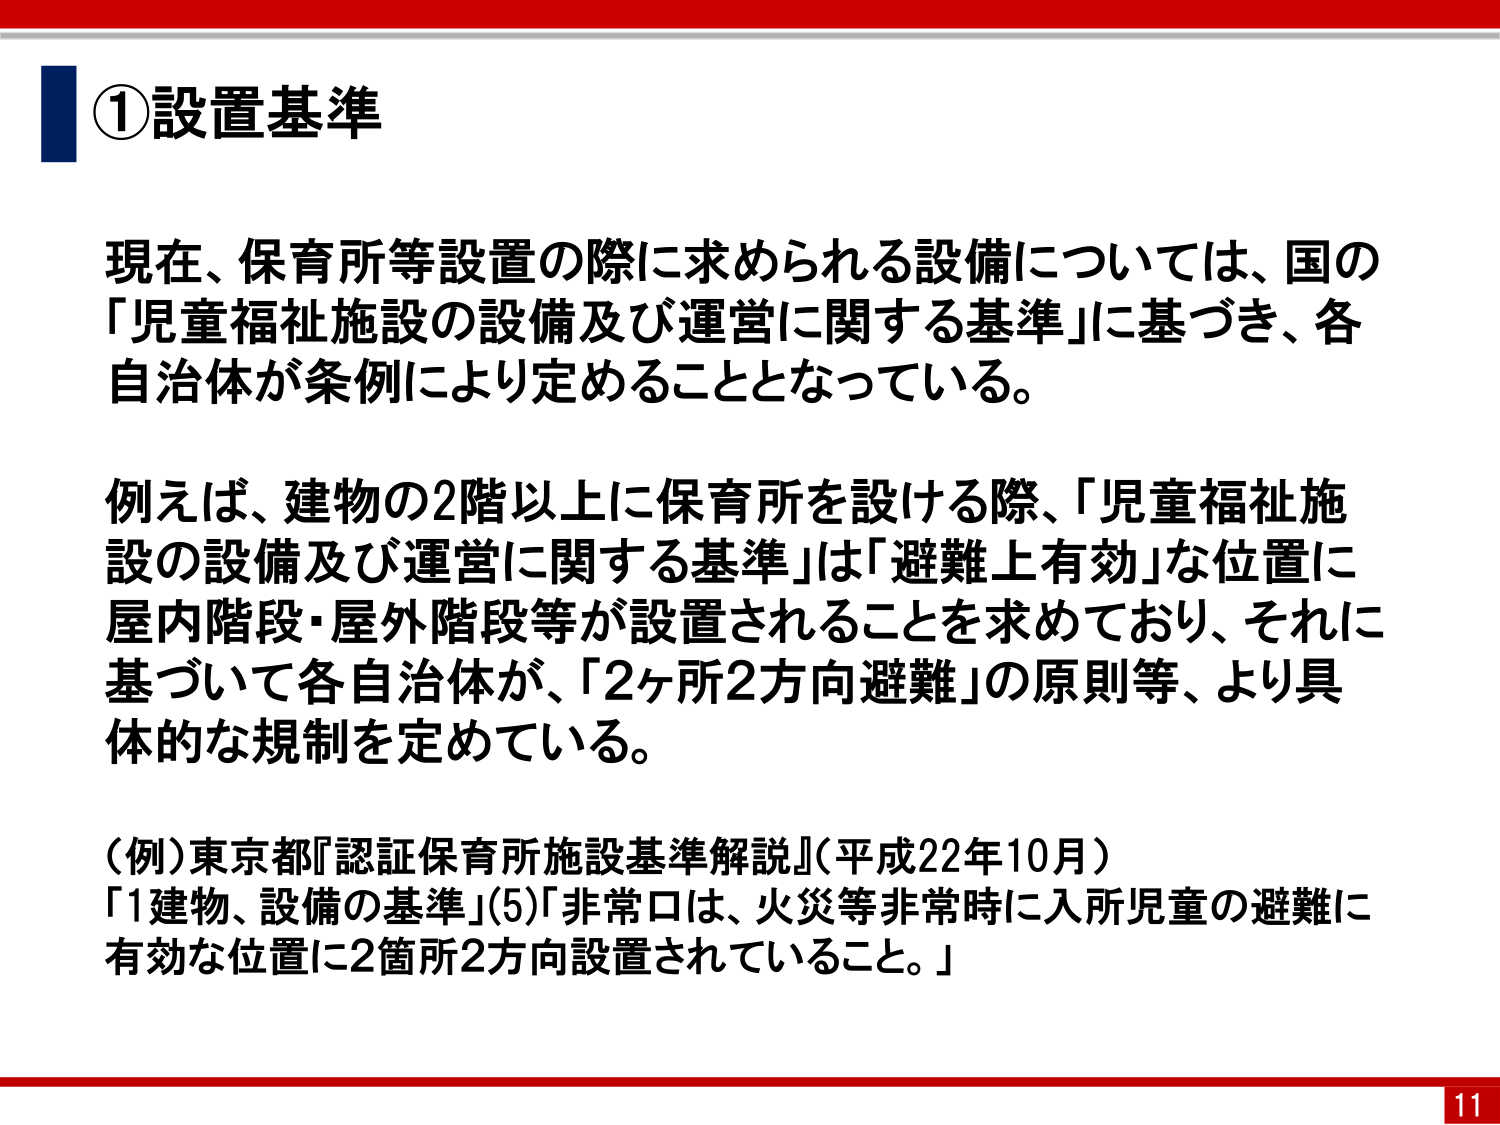
①設置基準

現在、保育所等設置の際に求められる設備については、国の「児童福祉施設の設備及び運営に関する基準」に基づき、各自治体が条例により定めることとなっている。

例えば、建物の2階以上に保育所を設ける際、「児童福祉施設の設備及び運営に関する基準」は「避難上有効」な位置に屋内階段・屋外階段等が設置されることを求めており、それに基づいて各自治体が、「2ヶ所2方向避難」の原則等、より具体的な規制を定めている。

（例）東京都『認証保育所施設基準解説』（平成22年10月）
「1建物、設備の基準」(5)「非常口は、火災等非常時に入所児童の避難に有効な位置に2箇所2方向設置されていること。」

11